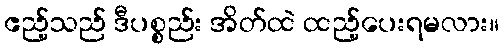
ဧည့်သည် ဒီပစ္စည်း အိတ်ထဲ ထည့်ပေးရမလား။